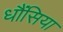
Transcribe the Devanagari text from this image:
धौंसिया